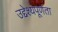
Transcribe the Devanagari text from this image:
उद्देश्यपूर्णता